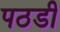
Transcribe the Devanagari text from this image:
पठडी